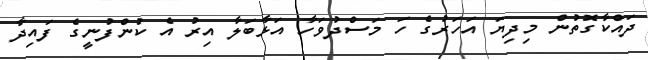
ދައްކާގޮތުން މިދިޔަ އަހަރުގެ ހަ މަސްދުވަހާ އަޅާބަލާ އިރު އެ ކުންފުނީގެ ފައިދާ